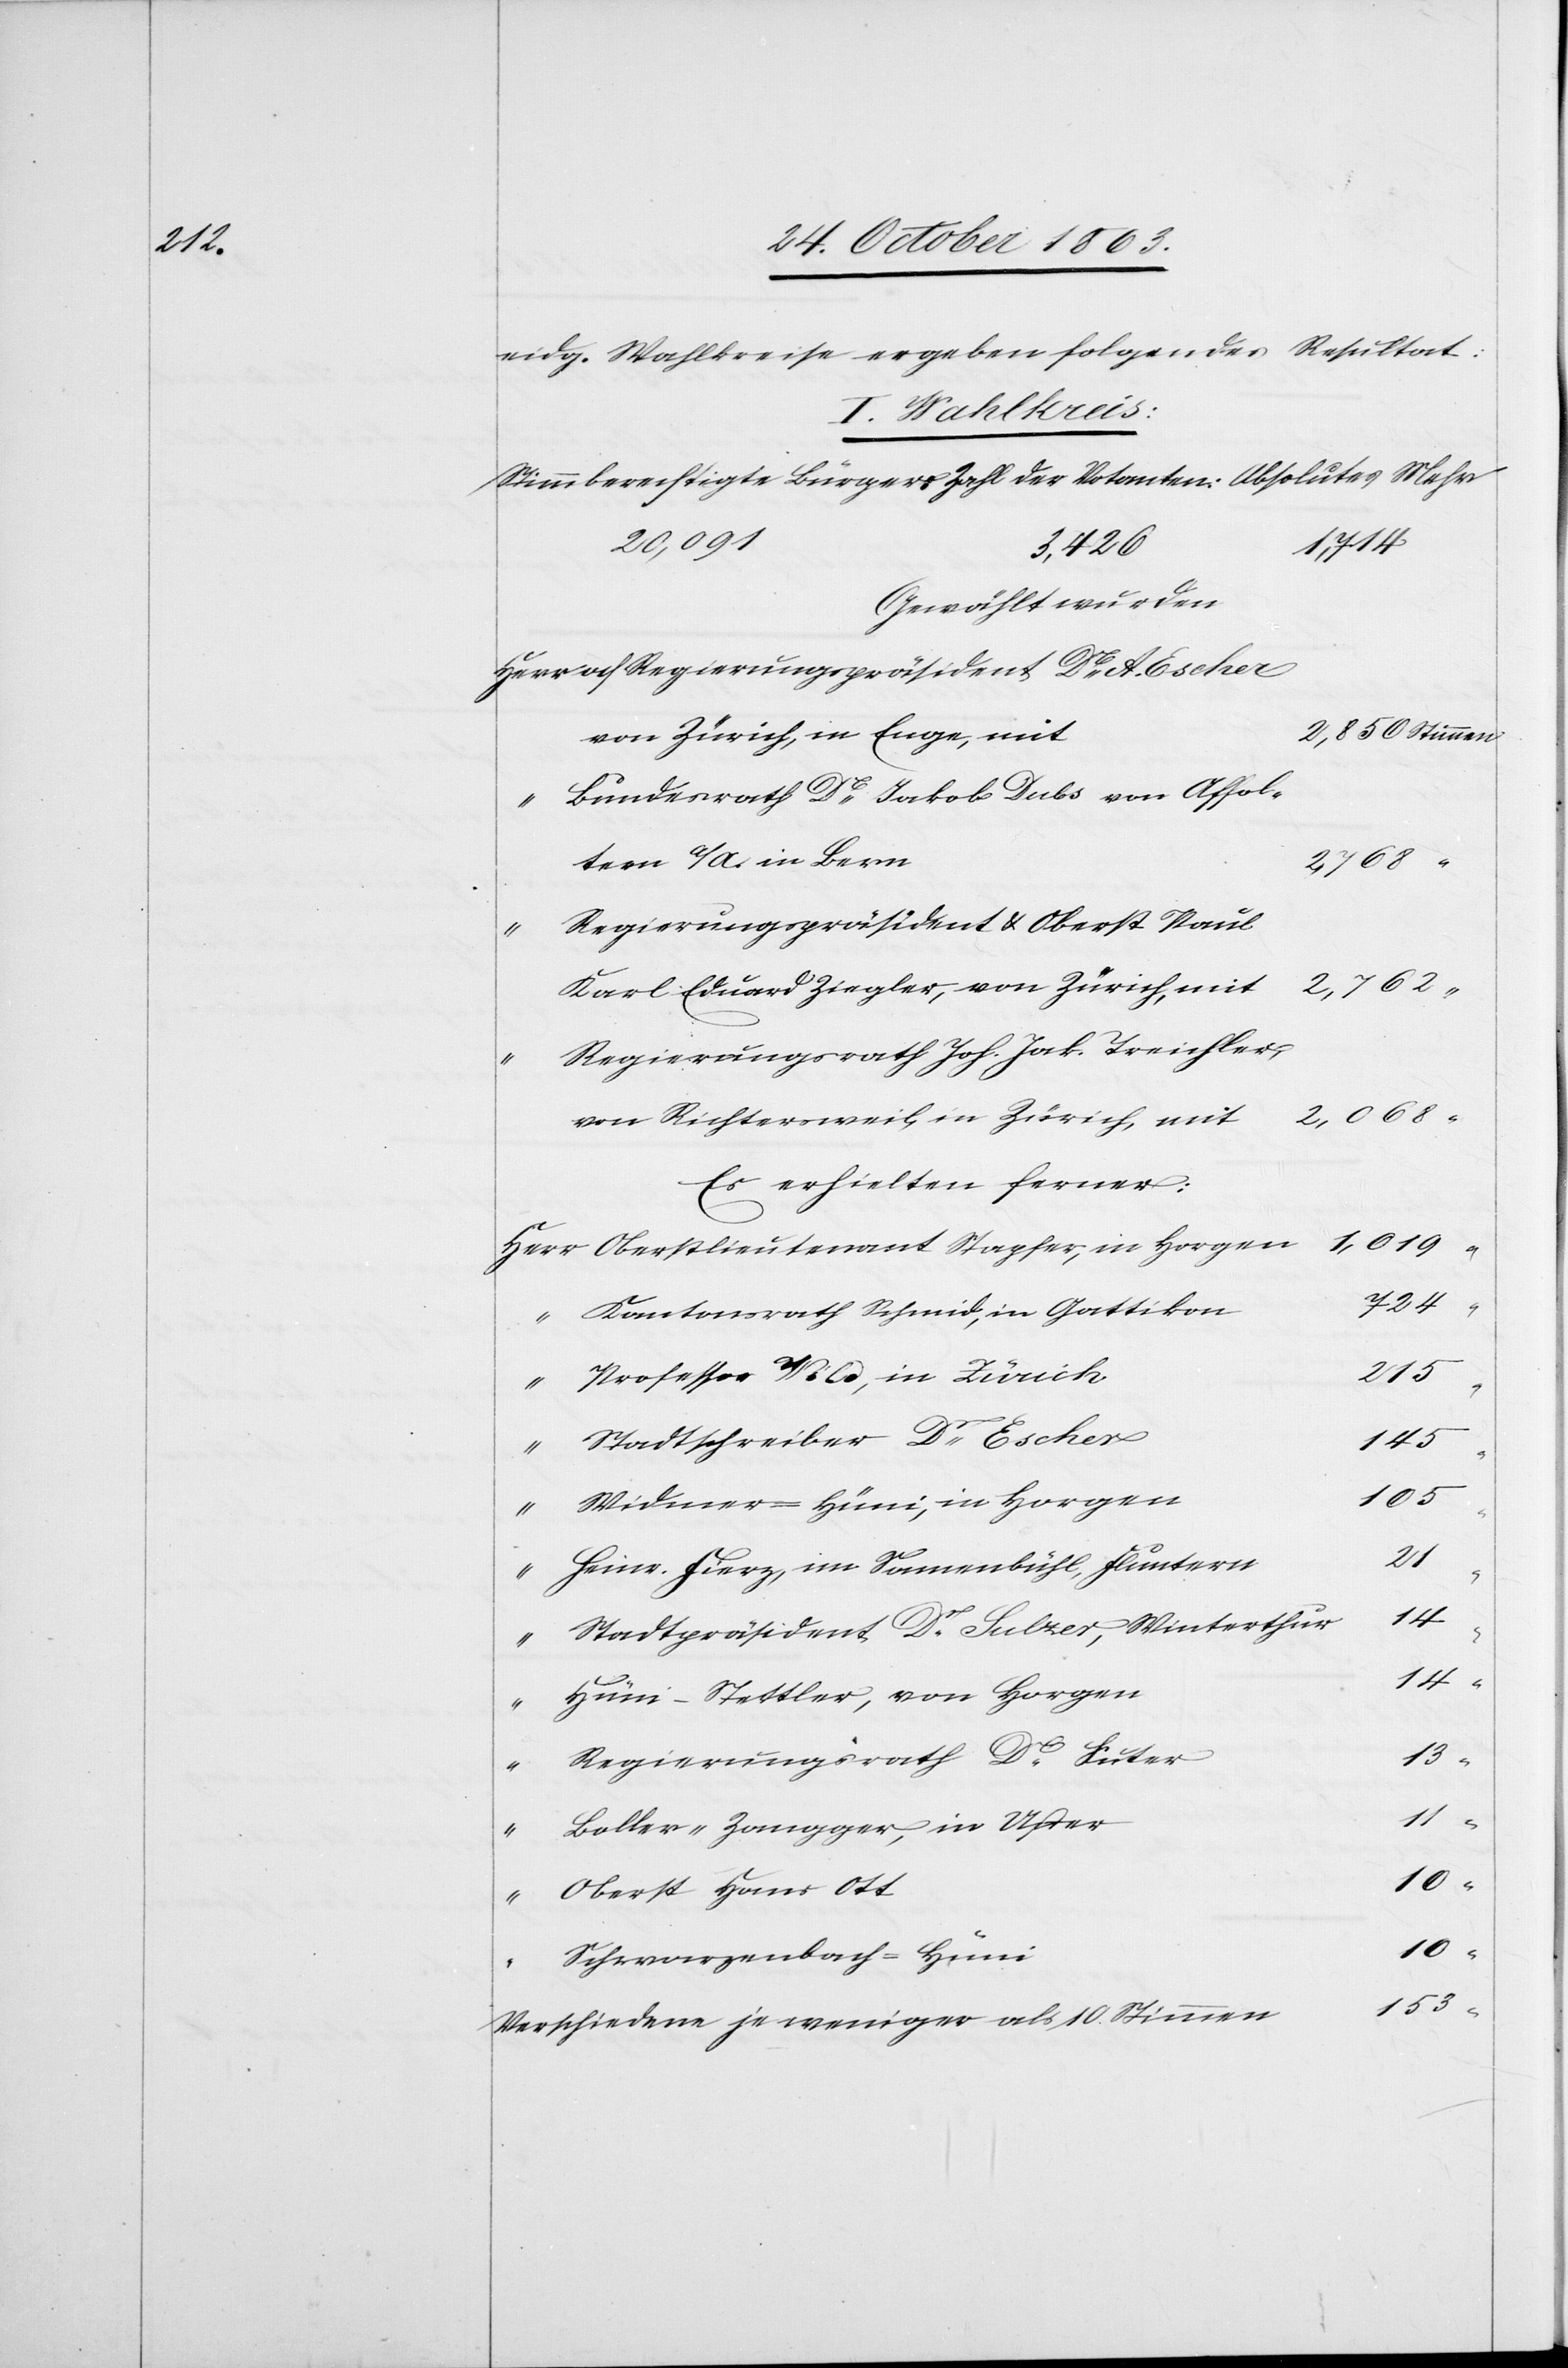
215

eidg. Wahlkreise ergeben folgendes Resultat:
I. Wahlkreis:
Stimmberechtigte Bürger: 	Zahl der Votanten:	Absolutes Mehr
Gewählt wurden
von Zürich, in Enge, mit
Bundesrath Dr Jakob Dubs von Affol¬
tern a/A in Bern
2,768
Regierungspräsident & Oberst Paul
2,068
Karl Eduard Ziegler, von Zürich, mit
Regierungsrath Joh. Jak. Treichler,
von Richtersweil, in Zürich, mit
Es erhielten ferner:
Oberstlieutenant Stapfer, in Horgen
724
Kantonsrath Schmid, in Gattikon
Professor Wild, in Zürich
Stadtschreiber Dr Escher
Widmer-Hüni, in Horgen
Heinr. Fierz, im Sonnenbühl, Fluntern
153
Stadtpräsident Dr Sulzer, Winterthur
10
Hüni-Stettler, von Horgen
11
“
“
Regierungsrath Dr Suter
13
Boller-Zangger, in Uster
Oberst Hans Ott
Schwarzenbach-Hüni
Verschiedene je weniger als 10. Stimmen

“